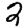
Digit: 2